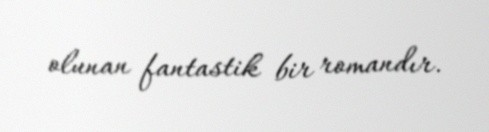
olunan fantastik bir romandır.